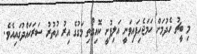
މި ބީޗު ހެދުމަށް ހަމަޖެހިފައިވަނީ އަލިފުށީ ކޮއިގޯތި މަގުގެ އިރު އުތުރު ސަރަހައްދުގައިއެވެ.